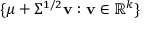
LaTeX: \{ { \boldsymbol { \mu } } + { \boldsymbol { \Sigma ^ { 1 / 2 } } } \mathbf { v } : \mathbf { v } \in \mathbb { R } ^ { k } \}